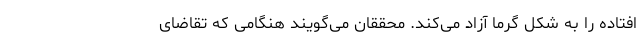
افتاده را به شکل گرما آزاد می‌کند. محققان می‌گویند هنگامی که تقاضای